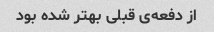
از دفعه‌ی قبلی بهتر شده بود